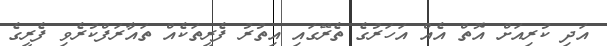
އަދި ކުރިއަށް އޮތް އެއް އަހަރުގެ ތެރޭގައި އިތުރު ފެރީތަކެއް ތައާރަފްކުރެވި ފެރީގެ